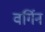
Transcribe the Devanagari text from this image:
वर्गिन